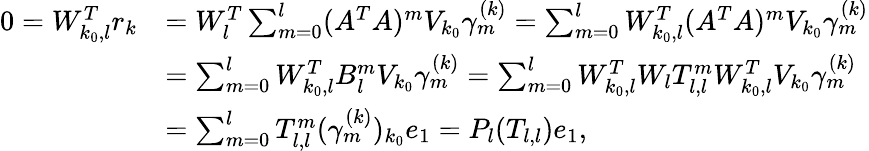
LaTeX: \begin{array}{rl}{0=W_{k_{0},l}^{T}r_{k}}&{=W_{l}^{T}\sum_{m=0}^{l}(A^{T}A)^{m}V_{k_{0}}\gamma_{m}^{(k)}=\sum_{m=0}^{l}W_{k_{0},l}^{T}(A^{T}A)^{m}V_{k_{0}}\gamma_{m}^{(k)}}\\ &{=\sum_{m=0}^{l}W_{k_{0},l}^{T}B_{l}^{m}V_{k_{0}}\gamma_{m}^{(k)}=\sum_{m=0}^{l}W_{k_{0},l}^{T}W_{l}T_{l,l}^{m}W_{k_{0},l}^{T}V_{k_{0}}\gamma_{m}^{(k)}}\\ &{=\sum_{m=0}^{l}T_{l,l}^{m}(\gamma_{m}^{(k)})_{k_{0}}e_{1}=P_{l}(T_{l,l})e_{1},}\end{array}